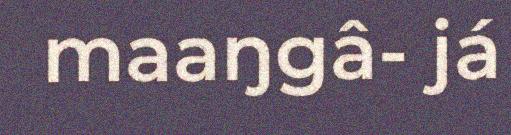
maaŋgâ- já